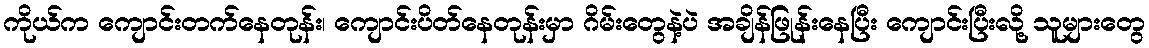
ကိုယ်က ကျောင်းတက်နေတုန်း၊ ကျောင်းပိတ်နေတုန်းမှာ ဂိမ်းတွေနဲ့ပဲ အချိန်ဖြုန်းနေပြီး ကျောင်းပြီးလို့ သူများတွေ